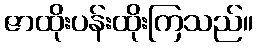
ဇာထိုးပန်းထိုးကြသည်။